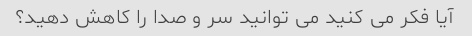
آیا فکر می کنید می توانید سر و صدا را کاهش دهید؟